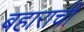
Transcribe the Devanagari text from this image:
बहाराची